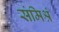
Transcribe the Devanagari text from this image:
संमिश्रं